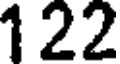
122